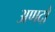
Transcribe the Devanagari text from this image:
अणदो